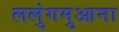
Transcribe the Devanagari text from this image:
ललुंगमुआना